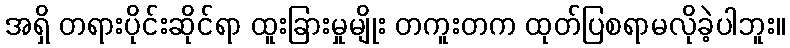
အရှိ တရားပိုင်းဆိုင်ရာ ထူးခြားမှုမျိုး တကူးတက ထုတ်ပြစရာမလိုခဲ့ပါဘူး။